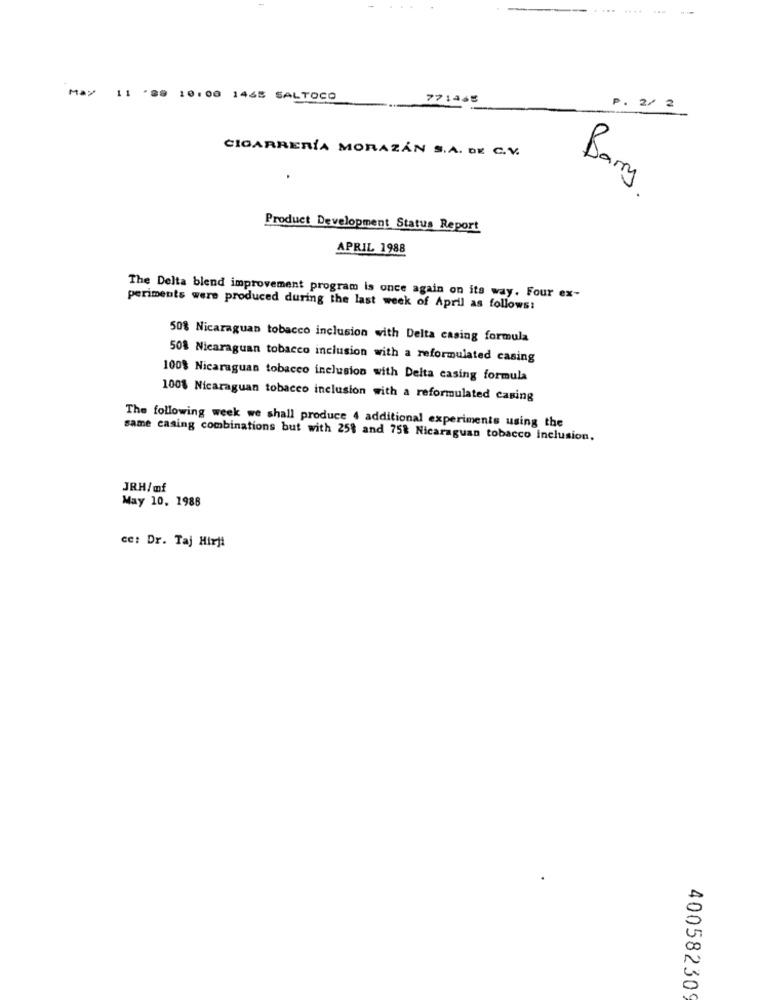
.....
May 11 '#8 10:00 1468 SALTOCO
771465
P. 2/ 2
CIGARRERÍA MORAZÅN S.A. DE C.V.
Barry
Product Development Status Report
APRIL 1988
The Delta blend improvement program is once again on its way. Four ex-
periments were produced during the last week of April as follows:
50% Nicaraguan tobacco inclusion with Delta casing formula
50% Nicaraguan tobacco inclusion with a reformulated casing
100% Nicaraguan tobacco inclusion with Delta casing formula
100% Nicaraguan tobacco inclusion with a reformulated casing
The following week we shall produce 4 additional experiments using the
same casing combinations but with 258 and 758 Nicaraguan tobacco inclusion.
JRH/mf
May 10, 1988
cc: Dr. Taj Hirji
400582309